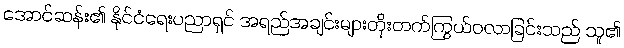
အောင်ဆန်း၏ နိုင်ငံရေးပညာရှင် အရည်အချင်းများတိုးတက်ကြွယ်ဝလာခြင်းသည် သူ၏